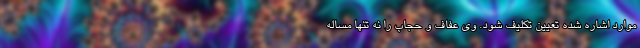
موارد اشاره شده تعیین‌ تکلیف شود. وی عفاف و حجاب را نه تنها مساله